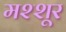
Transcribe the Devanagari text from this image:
मश्शूर